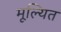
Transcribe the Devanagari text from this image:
मूल्यित